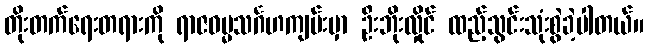
တိုးတက်ရေးတရားကို ရာဇဓမ္မသင်္ဂဟကျမ်းမှာ ဦးဘိုးလှိုင် ထည့်သွင်းသုံးစွဲခဲ့ပါတယ်။